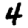
Digit: 4